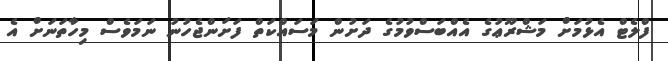
ފްލެޓް އެޅުމަށް މަޝްރޫޢުގެ އެއްބަސްވުމުގެ ދަށުން މަސައްކަތް ފަށަންޖެހުނު ނަމަވެސް މިހާތަނަށް އެ